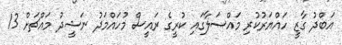
އަބްދު ގާޒީ ހައްޔަރުކުރި މައްސަލާގައި ކުރީގެ ރައީސް މުހައްމަދު ނަޝީދު މައްޗަށް 13